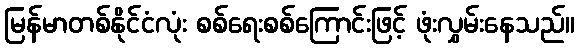
မြန်မာတစ်နိုင်ငံလုံး စစ်ရေးစစ်ကြောင်းဖြင့် ဖုံးလွှမ်းနေသည်။